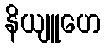
နိယျူဟေ